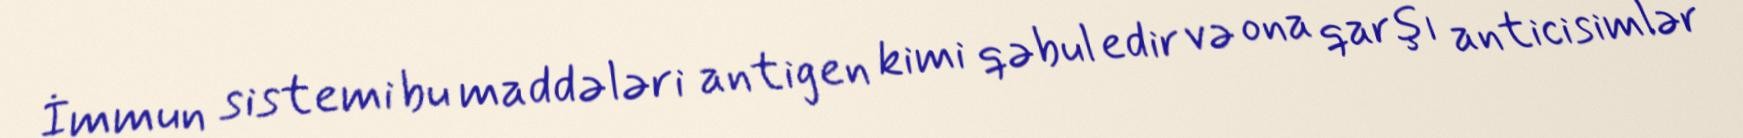
İmmun sistemi bu maddələri antigen kimi qəbul edir və ona qarşı anticisimlər